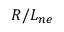
R / L _ { n e }